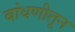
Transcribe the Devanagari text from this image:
बांधणीतून